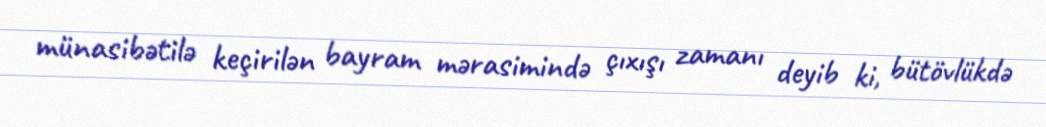
münasibətilə keçirilən bayram mərasimində çıxışı zamanı deyib ki, bütövlükdə